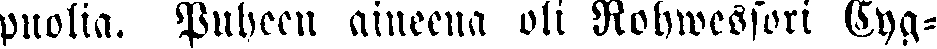
puolia. Puheen aineena oli Rohwessori Cyg-